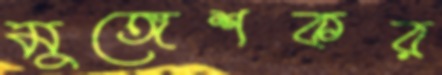
মুঙ্গেশকর